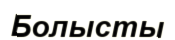
Болысты